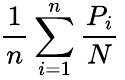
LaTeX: {\frac{1}{n}}\sum_{i=1}^{n}{\frac{P_{i}}{N}}\,